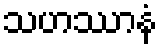
သဟဿာနံ